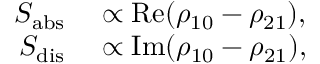
\begin{array} { r l } { S _ { \mathrm { a b s } } } & { { } \propto \mathrm { R e } ( \rho _ { 1 0 } - \rho _ { 2 1 } ) , } \\ { S _ { \mathrm { d i s } } } & { { } \propto \mathrm { I m } ( \rho _ { 1 0 } - \rho _ { 2 1 } ) , } \end{array}